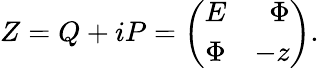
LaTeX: Z=Q+iP=\left(\begin{array}{crc}{{E}}&{{\Phi}}\\ {{\Phi}}&{{-z}}\end{array}\right).